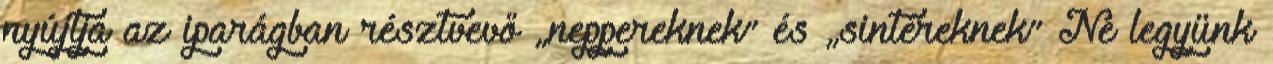
nyújtja az iparágban résztvevő „neppereknek” és „sintéreknek” Ne legyünk